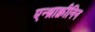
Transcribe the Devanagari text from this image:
एन्थ्राक्वीनिन